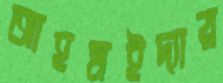
আহমইদ্যার